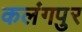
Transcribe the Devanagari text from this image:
कलंगपुर